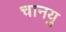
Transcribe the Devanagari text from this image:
चानयु